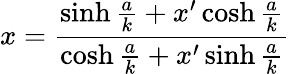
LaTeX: x={\frac{\sinh{\frac{a}{k}}+x^{\prime}\cosh{\frac{a}{k}}}{\cosh{\frac{a}{k}}+x^{\prime}\sinh{\frac{a}{k}}}}